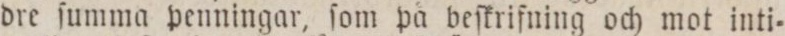
dre ſumma penningar, ſom på beſkrifning och mot inti=